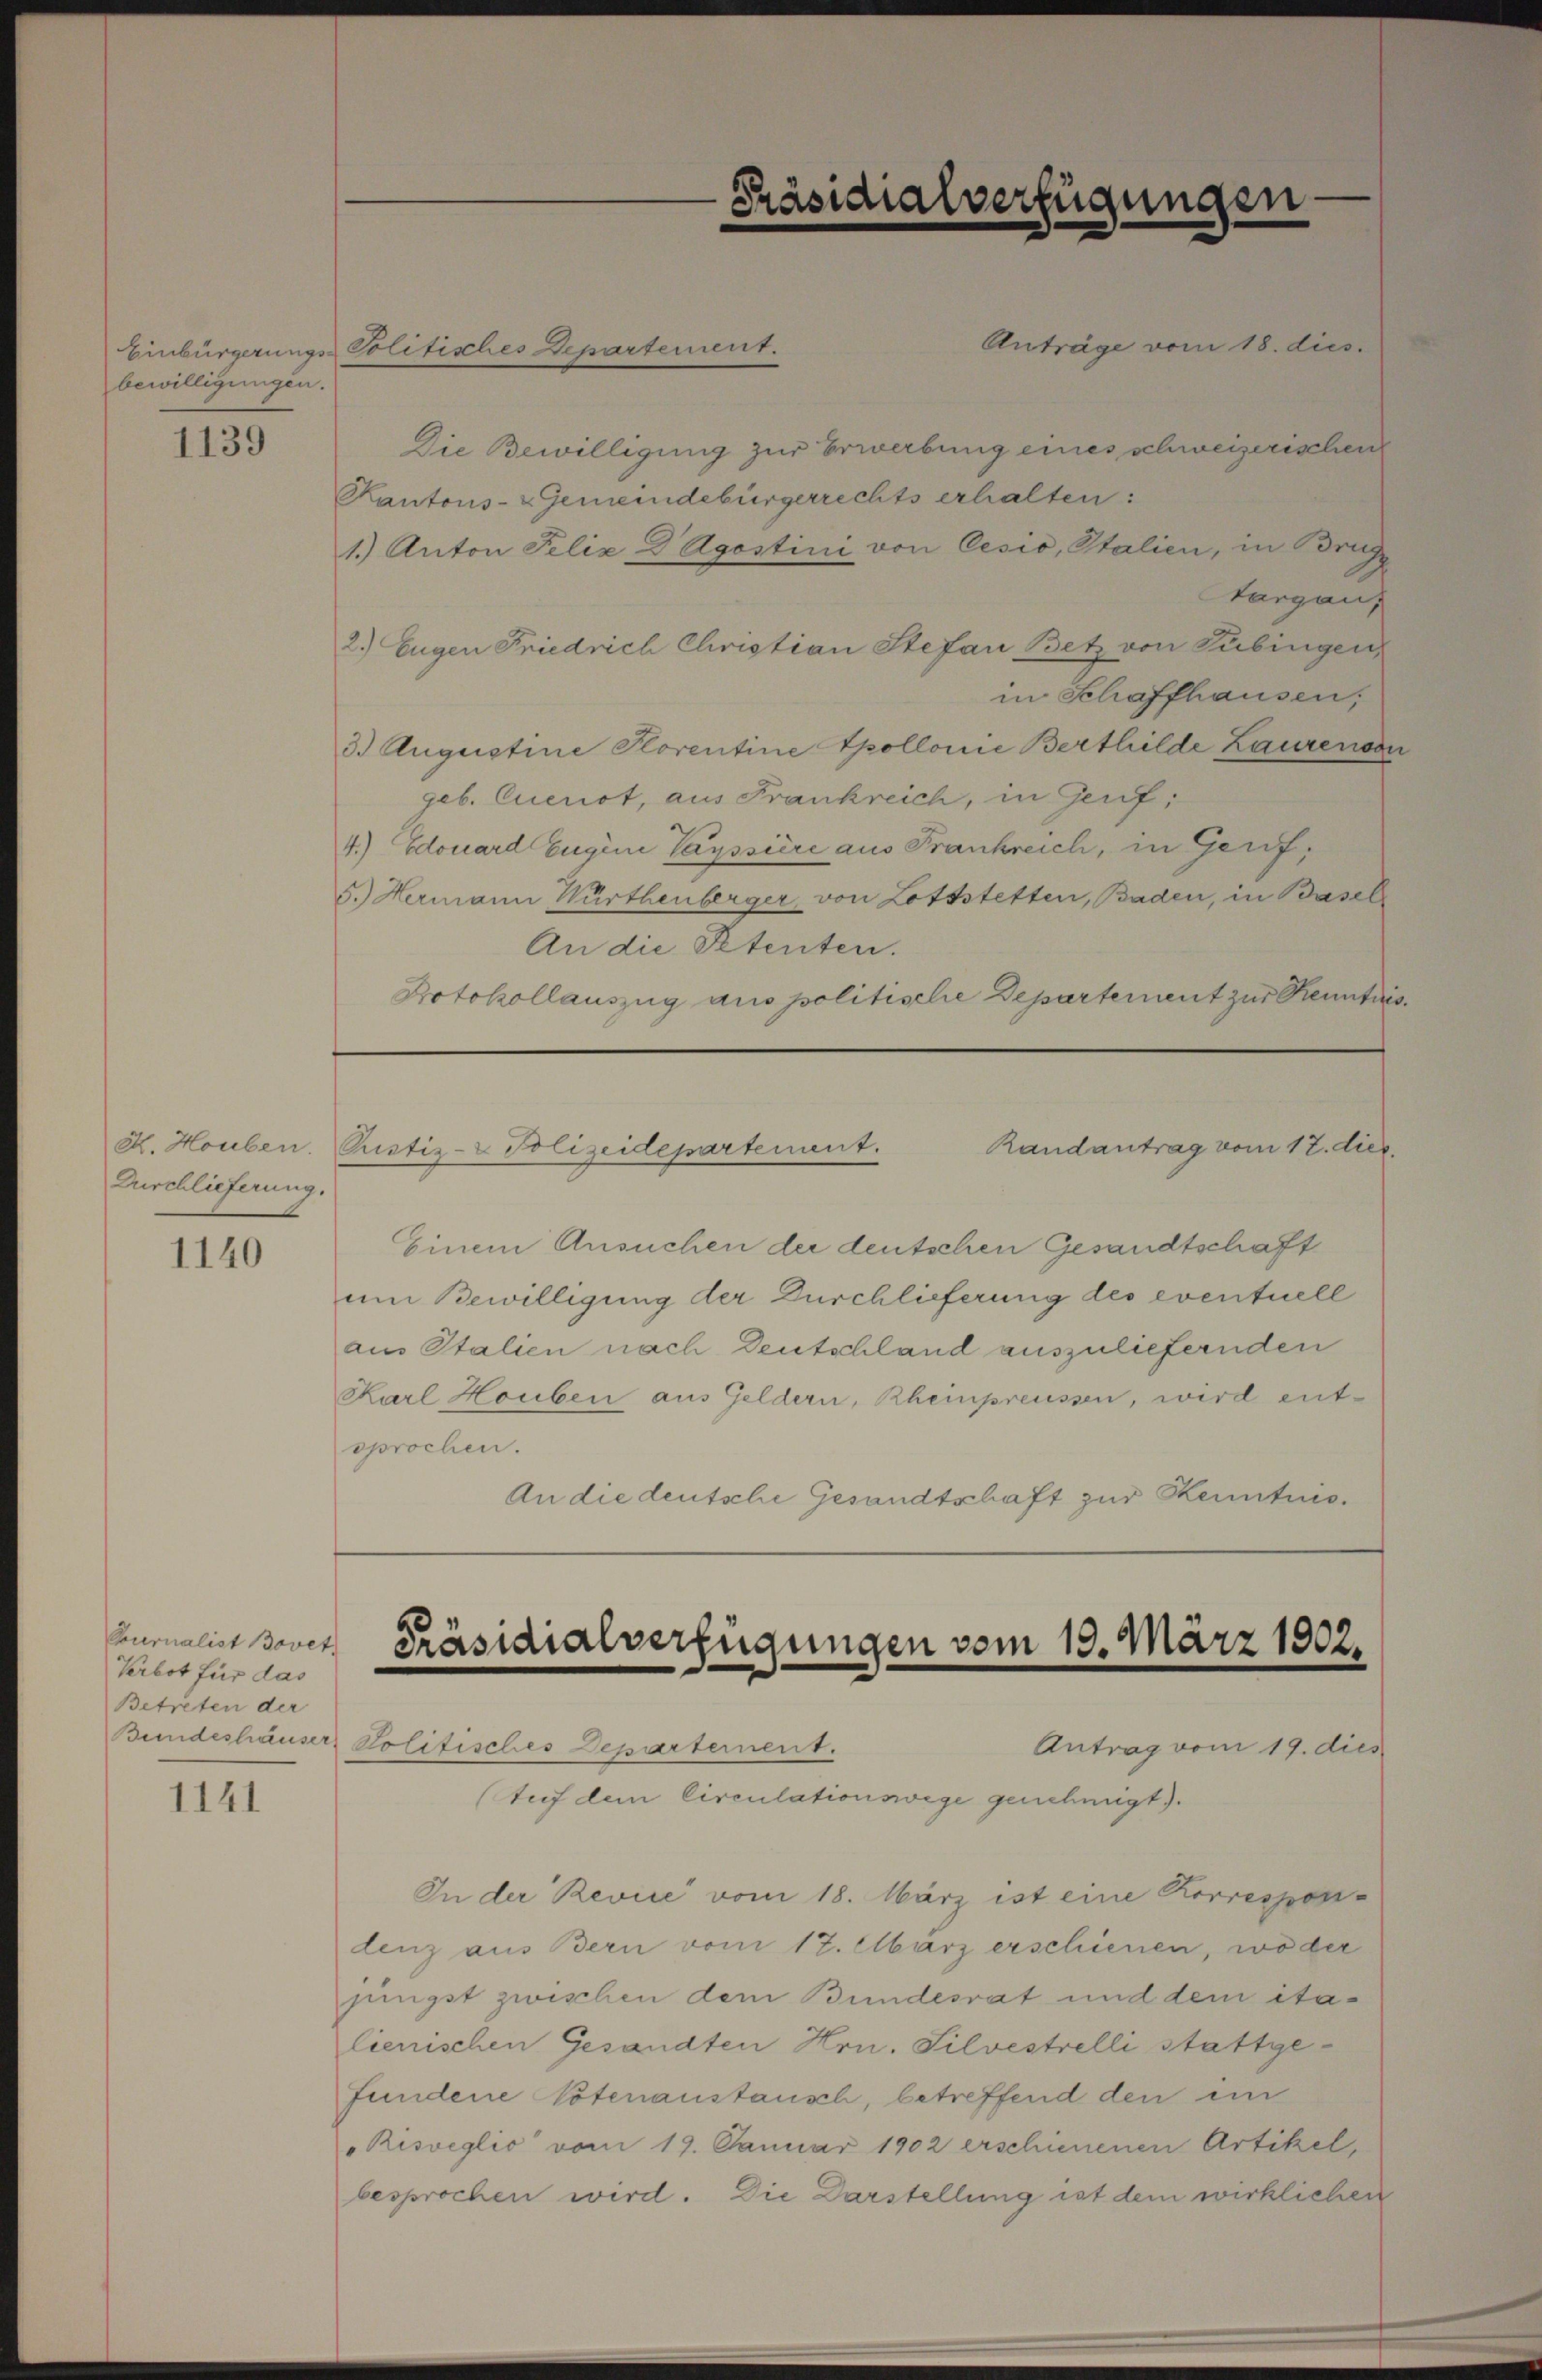
bewilligungen.

1139

Durchlieferung.

1140

Curnalist Bovet
Verbot für das
Betreten der

1141

Anträge vom 18. dies
Die Bewilligung zur Erwerbung eines schweizerischen
Kantons- & Gemeindebürgerrechts erhalten:
1.) Anton Felix D Agostini von Cesio, Italien, in Brug
targau,
2.) Eugen Friedrich Christian Stefan Betz von Tübingen
in Schaffhausen,
3.) Augustine Plorentine Spollonie Berthilde Laurenon
geb. Cuenot, aus Frankreich, in Genf;
4.) Edouard Eugine Payssiere aus Frankreich, in Genf,
5.) Hermann Wurthenberger von Lottstetten, Baden, in Basel
An die Petenten.
Protokollauszug aus politische Departement zur Kenntnis.

Einbürgerungs- Politisches Departement.

Präsidialverfügungen

H. Houben. Pustiz- & Polizeidepartement.
Randantrag vom 17. die

Präsidialverfügungen vom 13. März 1902.

Einem Ansuchen der deutschen Gesandtschaft
um Bewilligung der Durchlieferung des eventuell
aus Italien nach Deutschland auszuliefernden
Karl Houben aus Geldern, Rheinpreussen, wird entsprochen.
An die deutsche Gesandtschaft zur Kenntnis¬

Bundeshäuser Politisches Departernent.
Antrag vom 19. dies
Auf dem Circulationswege genehmigt).
In der Rević vom 18. März ist eine Korrespon-
denz aus Bern vom 17. März erschienen, woder
jüngst zwischen dem Bundesrat und dem ita-
lienischen Gesandten Hrn. Silvestrelli stattgefundene Votenanstausch, betreffend den ein
Risveglio vom 19. Januar 1902 erschienenen Artikel,
besprochen wird. Die Darstellung ist dem wirklichen